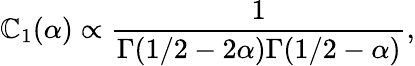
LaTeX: \mathbb{C}_{1}(\alpha)\propto\frac{{1}}{{\Gamma(1/2-2\alpha)\Gamma(1/2-\alpha)}},